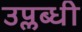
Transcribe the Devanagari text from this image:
उप्लब्धी